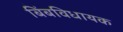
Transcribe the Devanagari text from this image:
बिंबविधायक